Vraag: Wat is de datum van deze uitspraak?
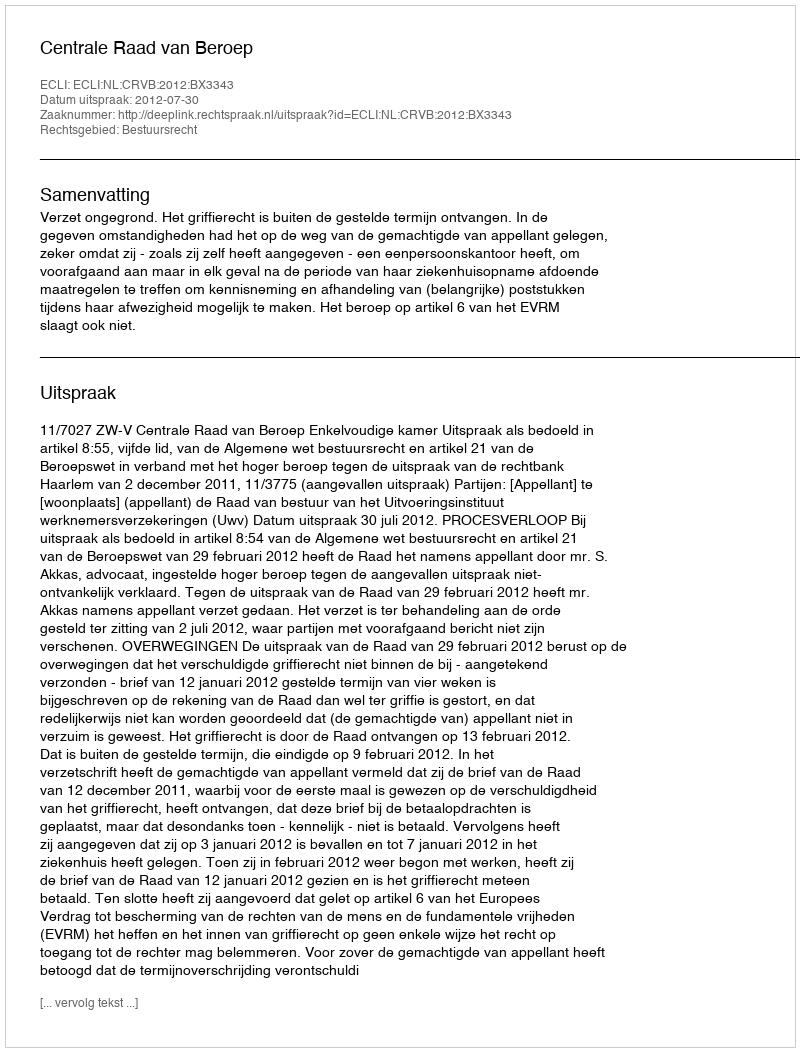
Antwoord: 2012-07-30